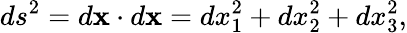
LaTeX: ds^{2}=d\mathbf{x}\cdot d\mathbf{x}=dx_{1}^{2}+dx_{2}^{2}+dx_{3}^{2},